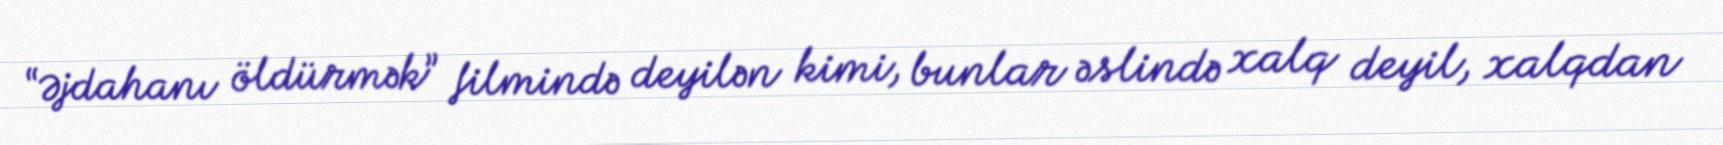
“Əjdahanı öldürmək” filmində deyilən kimi, bunlar əslində xalq deyil, xalqdan